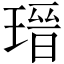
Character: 瑨